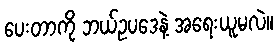
ပေးတာကို ဘယ်ဥပဒေနဲ့ အရေးယူမလဲ။